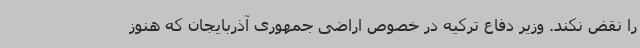
را نقض نکند. وزیر دفاع ترکیه در خصوص اراضی جمهوری آذربایجان که هنوز